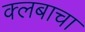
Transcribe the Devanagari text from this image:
क्लबाचा